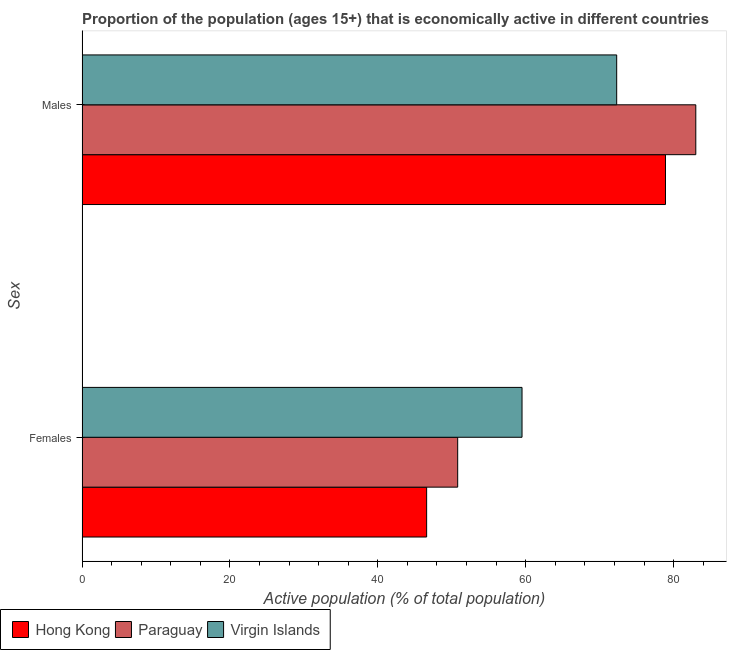
| Sex | Hong Kong | Paraguay | Virgin Islands |
 | --- | --- | --- | --- |
 | Females | 46.6 | 50.8 | 59.5 |
 | Males | 78.9 | 83 | 72.3 |